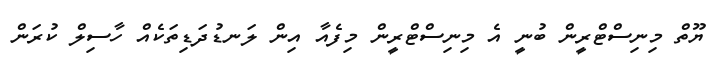
ޔޫތް މިނިސްޓްރީން ބުނީ އެ މިނިސްޓްރީން މިފެއާ އިން ލަނޑުދަޑިތަކެއް ހާސިލް ކުރަން